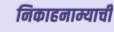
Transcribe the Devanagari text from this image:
निकाहनाम्याची